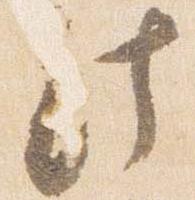
此